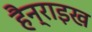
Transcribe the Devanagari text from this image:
हैन्राइख